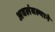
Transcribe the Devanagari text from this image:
अवलंबल्याने